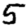
Digit: 5